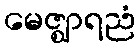
မေဇ္ဈာရညံ